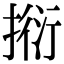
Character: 𢯼